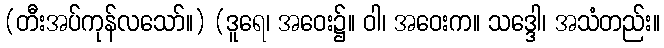
(တီးအပ်ကုန်လသော်။) (ဒူရေ၊ အဝေး၌။ ဝါ၊ အဝေးက။ သဒ္ဒေါ၊ အသံတည်း။